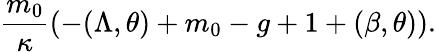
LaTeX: \frac{m_{0}}{\kappa}(-(\Lambda,\theta)+m_{0}-g+1+(\beta,\theta)).